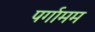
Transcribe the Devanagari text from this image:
पर्गामम